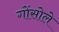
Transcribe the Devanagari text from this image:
गोंसोले